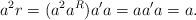
LaTeX: \begin{align*}a^{2}r=(a^{2}a^{R})a'a=aa'a=a.\end{align*}